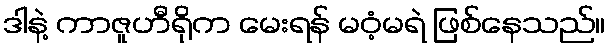
ဒါနဲ့ ကာဇူဟီရိုက မေးရန် မဝံ့မရဲ ဖြစ်နေသည်။